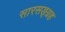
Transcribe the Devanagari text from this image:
सारसङ्ग्रह